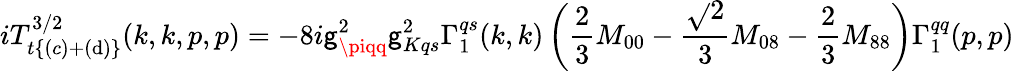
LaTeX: iT_{t\{ (c)+(\mathrm{d})\} }^{3/2}(k,k,p,p)=-8i\mathsf{g}_{\piqq}^{2}\mathsf{g}_{Kqs}^{2}\Gamma_{1}^{qs}(k,k)\left(\frac{2}{3}M_{00}-\frac{{\sqrt{}{2}}}{3}M_{08}-\frac{2}{3}M_{88}\right)\Gamma_{1}^{qq}(p,p)